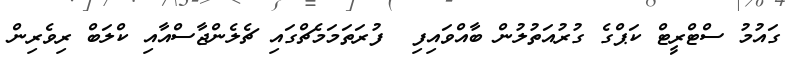
ގައުމު ސްޓްރީޓް ކަޕްގެ ގުރުއަތުލުން ބާއްވައިފި  ފުރަތަމަމެޗްގައި ޗެލެންޖާސްއާއި ކްލަބް ރިވެރިން